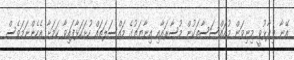
އޭނާ ވިދާޅުވީ މިނިވަން މުއައްސަސާތަކުން މުސާރައާއި އިނާޔަތުގެ މައްސަލަތައް ހުށަހަޅާފައިވާ ކަމަށާ އެހެންނަމަވެސް